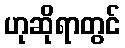
ဟုဆိုရာတွင်